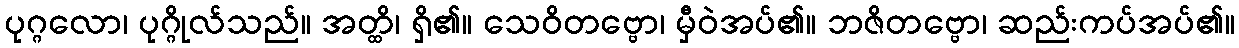
ပုဂ္ဂလော၊ ပုဂ္ဂိုလ်သည်။ အတ္ထိ၊ ရှိ၏။ သေဝိတဗ္ဗော၊ မှီဝဲအပ်၏။ ဘဇိတဗ္ဗော၊ ဆည်းကပ်အပ်၏။